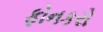
ફોનકરો